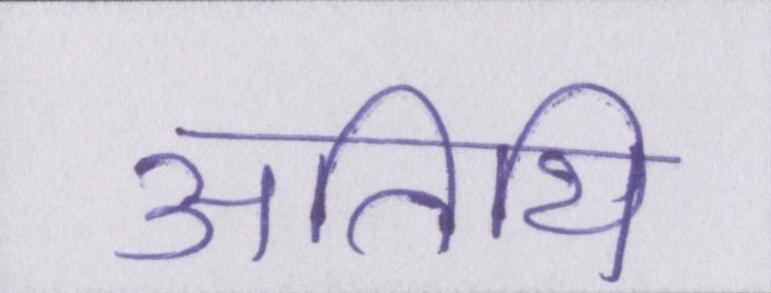
अतिथि